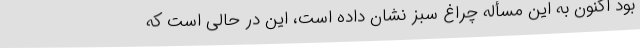
بود اکنون به این مسأله چراغ سبز نشان داده است، این در حالی است که